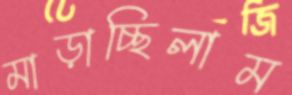
মাড়াচ্ছিলাম